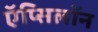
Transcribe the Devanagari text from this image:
ऍप्सिलॉन